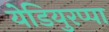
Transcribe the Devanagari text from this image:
येडियुरप्पा